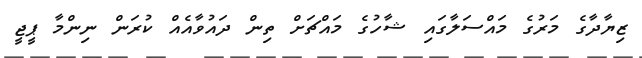
ޒިޔާދާގެ މަރުގެ މައްސަލާގައި ޝާހުގެ މައްޗަށް ތިން ދައުވާއެއް ކުރަން ނިންމާ ޕީޖީ